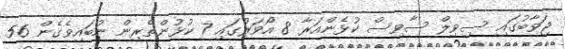
ޖަވާބުގައި ސިވިލް ސާވިސް ކުޅެންއަރާ 8 އޯވަރުގައި 7 ކުޅުންތެރިން ނުބައިވެގެން 56